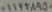
٠١١٢٢٨٩٥٠